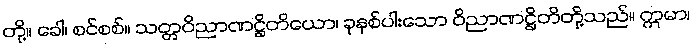
တို့။ ခေါ၊ စင်စစ်။ သတ္တဝိညာဏဋ္ဌိတိယော၊ ခုနစ်ပါးသော ဝိညာဏဋ္ဌိတိတို့သည်။ ဣမာ၊